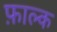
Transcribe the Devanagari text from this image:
फ़ाल्क